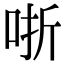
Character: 哳